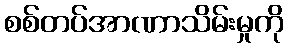
စစ်တပ်အာဏာသိမ်းမှုကို